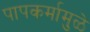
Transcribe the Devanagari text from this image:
पापकर्मामुळे